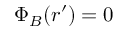
\Phi _ { B } ( \boldsymbol { r } ^ { \prime } ) = 0